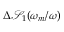
\Delta \mathcal { S } _ { 1 } ( \omega _ { m } / \omega )